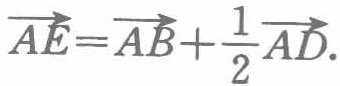
\(\overrightarrow{AE}=\overrightarrow{AB}+\frac{1}{2}\overrightarrow{AD}.\)